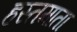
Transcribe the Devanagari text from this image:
हस्तमाता